Indian journal of veterinary science and animal husbandry - Volumes 15-17, 1948-1951
Year: 1948
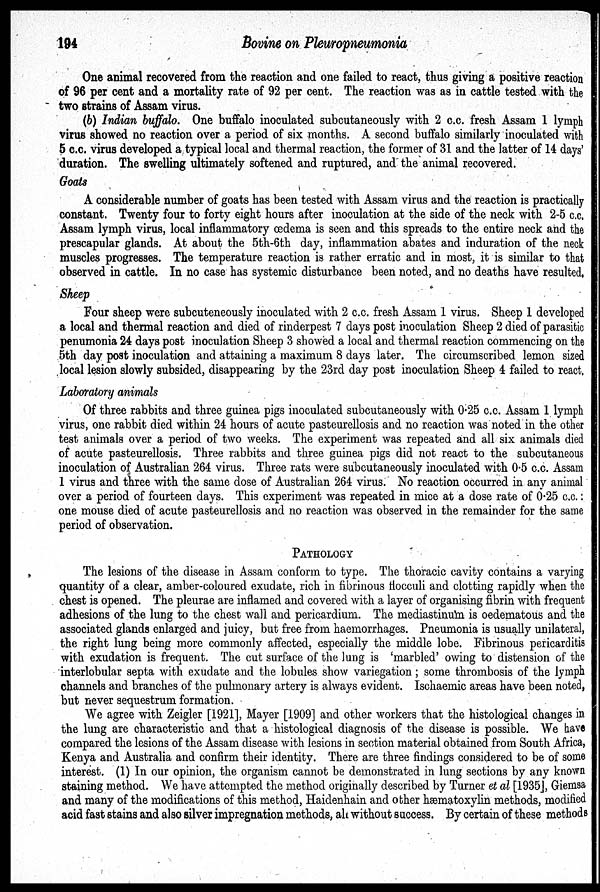
194
Bovine on Pleuropneumonia
One animal recovered from the reaction and one failed to react, thus giving a positive reaction
of 96 per cent and a mortality rate of 92 per cent. The reaction was as in cattle tested with the
two strains of Assam virus.
(b) Indian buffalo. One buffalo inoculated subcutaneously with 2 c.c. fresh Assam 1 lymph
virus showed no reaction over a period of six months. A second buffalo similarly inoculated with
5 c.c. virus developed a typical local and thermal reaction, the former of 31 and the latter of 14 days'
duration. The swelling ultimately softened and ruptured, and the animal recovered.
Goats
A considerable number of goats has been tested with Assam virus and the reaction is practically
constant. Twenty four to forty eight hours after inoculation at the side of the neck with 2-5 c.c.
Assam lymph virus, local inflammatory œdema is seen and this spreads to the entire neck and the
prescapular glands. At about the 5th-6th day, inflammation abates and induration of the neck
muscles progresses. The temperature reaction is rather erratic and in most, it is similar to that
observed in cattle. In no case has systemic disturbance been noted, and no deaths have resulted.
Sheep
Four sheep were subcuteneously inoculated with 2 c.c. fresh Assam 1 virus. Sheep 1 developed
a local and thermal reaction and died of rinderpest 7 days post inoculation Sheep 2 died of parasitic
penumonia 24 days post inoculation Sheep 3 showed a local and thermal reaction commencing on the
5th day post inoculation and attaining a maximum 8 days later. The circumscribed lemon sized
local lesion slowly subsided, disappearing by the 23rd day post inoculation Sheep 4 failed to react.
Laboratory animals
Of three rabbits and three guinea pigs inoculated subcutaneously with 0.25 c.c. Assam 1 lymph
virus, one rabbit died within 24 hours of acute pasteurellosis and no reaction was noted in the other
test animals over a period of two weeks. The experiment was repeated and all six animals died
of acute pasteurellosis. Three rabbits and three guinea pigs did not react to the subcutaneous
inoculation of Australian 264 virus. Three rats were subcutaneously inoculated with 0.5 c.c. Assam
1 virus and three with the same dose of Australian 264 virus. No reaction occurred in any animal
over a period of fourteen days. This experiment was repeated in mice at a dose rate of 0.25 c.c.:
one mouse died of acute pasteurellosis and no reaction was observed in the remainder for the same
period of observation.
PATHOLOGY
The lesions of the disease in Assam conform to type. The thoracic cavity contains a varying
quantity of a clear, amber-coloured exudate, rich in fibrinous flocculi and clotting rapidly when the
chest is opened. The pleurae are inflamed and covered with a layer of organising fibrin with frequent
adhesions of the lung to the chest wall and pericardium. The mediastinum is oedematous and the
associated glands enlarged and juicy, but free from haemorrhages. Pneumonia is usually unilateral,
the right lung being more commonly affected, especially the middle lobe. Fibrinous pericarditis
with exudation is frequent. The cut surface of the lung is 'marbled' owing to distension of the
interlobular septa with exudate and the lobules show variegation; some thrombosis of the lymph
channels and branches of the pulmonary artery is always evident. Ischaemic areas have been noted,
but never sequestrum formation.
We agree with Zeigler [1921], Mayer [1909] and other workers that the histological changes in
the lung are characteristic and that a histological diagnosis of the disease is possible. We have
compared the lesions of the Assam disease with lesions in section material obtained from South Africa,
Kenya and Australia and confirm their identity. There are three findings considered to be of some
interest. (1) In our opinion, the organism cannot be demonstrated in lung sections by any known
staining method. We have attempted the method originally described by Turner et al [1935], Giemsa
and many of the modifications of this method, Haidenhain and other hæmatoxylin methods, modified
acid fast stains and also silver impregnation methods, all without success. By certain of these methods